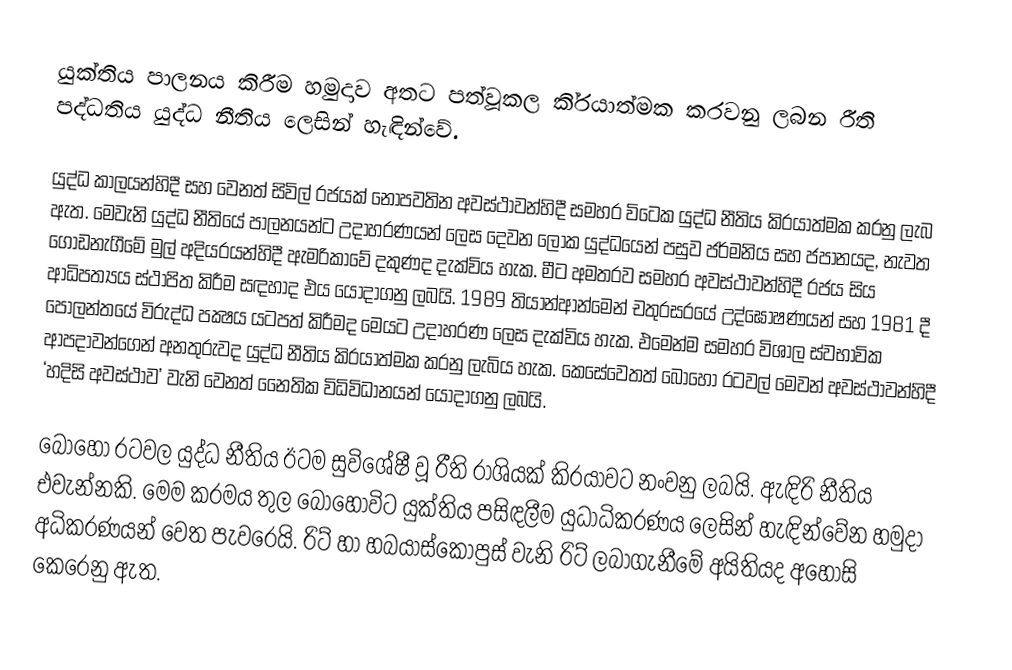
යුක්තිය පාලනය කිරීම හමුදාව අතට පත්වූකල කි‍්‍රයාත්මක කරවනු ලබන රීති පද්ධතිය යුද්ධ නීතිය ලෙසින් හැඳින්වේ.

යුද්ධ කාලයන්හිදී සහ වෙනත් සිවිල් රජයක් නොපවතින අවස්ථාවන්හිදී සමහර විටෙක යුද්ධ නීතිය කි‍්‍රයාත්මක කරනු ලැබ ඇත. මෙවැනි යුද්ධ නීතියේ පාලනයන්ට උදාහරණයන් ලෙස දෙවන ලෝක යුද්ධයෙන් පසුව ජර්මනිය සහ ජපානයද, නැවත ගොඩනැගීමේ මුල් අදියරයන්හිදී ඇමරිකාවේ දකුණද දැක්විය හැක. මීට අමතරව සමහර අවස්ථාවන්හිදී රජය සිය ආධිපත්‍යය ස්ථාපිත කිරීම සඳහාද එය යොදාගනු ලබයි. 1989 තියාන්ආන්මෙන් චතුරස‍්‍රයේ උද්ඝෝෂණයන් සහ 1981 දී පෝලන්තයේ විරුද්ධ පක්‍ෂය යටපත් කිරීමද මෙයට උදාහරණ ලෙස දැක්විය හැක. එමෙන්ම සමහර විශාල ස්වභාවික ආපදාවන්ගෙන් අනතුරුවද යුද්ධ නීතිය කි‍්‍රයාත්මක කරනු ලැබිය හැක. කෙසේවෙතත් බොහෝ රටවල් මෙවන් අවස්ථාවන්හිදී ‘හදිසි අවස්ථාව’ වැනි වෙනත් නෛතික විධිවිධානයන් යොදාගනු ලබයි.

බොහෝ රටවල යුද්ධ නීතිය ඊටම සුවිශේෂී වූ රීති රාශියක් කි‍්‍රයාවට නංවනු ලබයි. ඇඳිරි නීතිය එවැන්නකි. මෙම ක‍්‍රමය තුල බොහෝවිට යුක්තිය පසිඳලීම යුධාධිකරණය ලෙසින් හැඳින්වේන හමුදා අධිකරණයන් වෙත පැවරෙයි. රිට් හා හබයාස්කෝපුස් වැනි රිට් ලබාගැනීමේ අයිතියද අහෝසි කෙරෙනු ඇත.